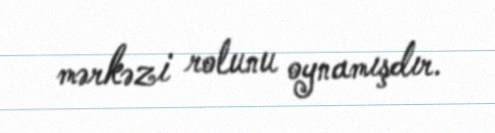
mərkəzi rolunu oynamışdır.